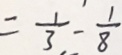
= \frac { 1 } { 3 } - \frac { 1 } { 8 }